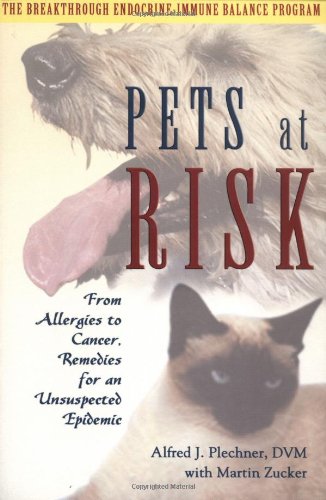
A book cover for Pets at Risk: From Allergies to Cancer, Remedies for an Unsuspected Epidemic; D.V.M. Alfred J. Plechner; Medical Books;